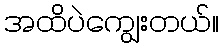
အထိပဲကျွေးတယ်။